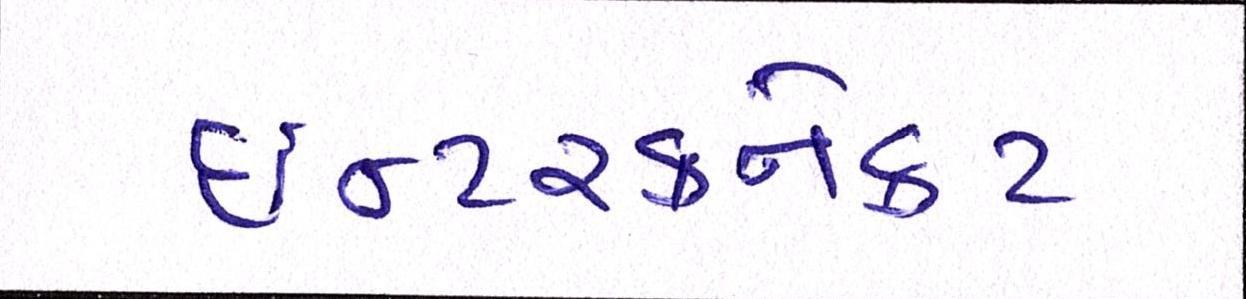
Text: ઈન્ટરકનેકટ